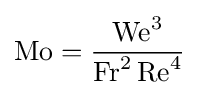
\mathrm {Mo} ={\frac {\mathrm {We} ^{3}}{\mathrm {Fr} ^{2}\,\mathrm {Re} ^{4}}}